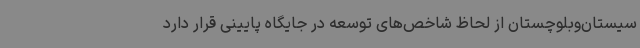
سیستان‌وبلوچستان از لحاظ شاخص‌های توسعه در جایگاه پایینی قرار دارد